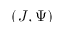
( J , \Psi )